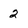
Character: 2